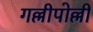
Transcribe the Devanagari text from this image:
गल्लीपोल्ली